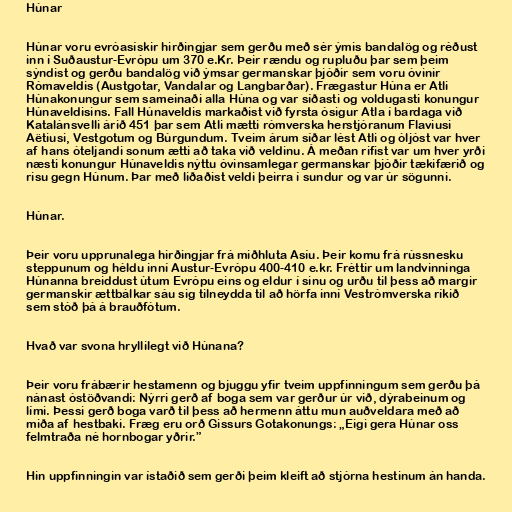
Húnar

Húnar voru evróasískir hirðingjar sem gerðu með sér ýmis bandalög og réðust
inn í Suðaustur-Evrópu um 370 e.Kr. Þeir rændu og rupluðu þar sem þeim
sýndist og gerðu bandalög við ýmsar germanskar þjóðir sem voru óvinir
Rómaveldis (Austgotar, Vandalar og Langbarðar). Frægastur Húna er Atli
Húnakonungur sem sameinaði alla Húna og var síðasti og voldugasti konungur
Húnaveldisins. Fall Húnaveldis markaðist við fyrsta ósigur Atla í bardaga við
Katalánsvelli árið 451 þar sem Atli mætti rómverska herstjóranum Flaviusi
Aëtiusi, Vestgotum og Búrgundum. Tveim árum síðar lést Atli og óljóst var hver
af hans óteljandi sonum ætti að taka við veldinu. Á meðan rifist var um hver yrði
næsti konungur Húnaveldis nýttu óvinsamlegar germanskar þjóðir tækifærið og
risu gegn Húnum. Þar með liðaðist veldi þeirra í sundur og var úr sögunni.

Húnar.

Þeir voru upprunalega hirðingjar frá miðhluta Asíu. Þeir komu frá rússnesku
steppunum og héldu inní Austur-Evrópu 400-410 e.kr. Fréttir um landvinninga
Húnanna breiddust útum Evrópu eins og eldur í sinu og urðu til þess að margir
germanskir ættbálkar sáu sig tilneydda til að hörfa inní Vestrómverska ríkið
sem stóð þá á brauðfótum.

Hvað var svona hryllilegt við Húnana?

Þeir voru frábærir hestamenn og bjuggu yfir tveim uppfinningum sem gerðu þá
nánast óstöðvandi: Nýrri gerð af boga sem var gerður úr við, dýrabeinum og
lími. Þessi gerð boga varð til þess að hermenn áttu mun auðveldara með að
miða af hestbaki. Fræg eru orð Gissurs Gotakonungs: „Eigi gera Húnar oss
felmtraða né hornbogar yðrir.”

Hin uppfinningin var ístaðið sem gerði þeim kleift að stjórna hestinum án handa.